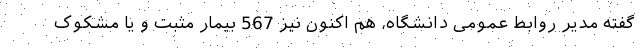
گفته مدیر روابط عمومی دانشگاه، هم اکنون نیز 567 بیمار مثبت و یا مشکوک